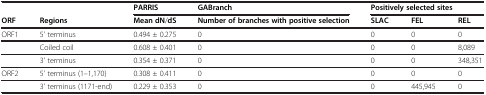
|  |  | PARRIS | GABranch | <COLSPAN=3> Positively selected sites |
 | --- | --- | --- | --- | --- | --- | --- |
 | ORF | Regions | Mean dN/dS | Number of branches with positive selection | SLAC | FEL | REL |
 | ORF1 | 5' terminus | 0.494 ± 0.275 | 0 | 0 | 0 | 0 |
 |  | Coiled coil | 0.608 ± 0.401 | 0 | 0 | 0 | 8,089 |
 |  | 3' terminus | 0.354 ± 0.371 | 0 | 0 | 0 | 348,351 |
 | ORF2 | 5' terminus (1–1,170) | 0.308 ± 0.411 | 0 | 0 | 0 | 0 |
 |  | 3' terminus (1171-end) | 0.229 ± 0.353 | 0 | 0 | 445,945 | 0 |